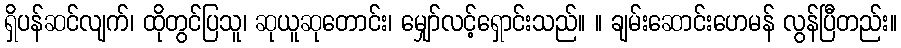
ရှိပန်ဆင်လျက်၊ ထိုတွင်ပြသူ၊ ဆုယူဆုတောင်း၊ မျှော်လင့်ရှောင်းသည်။ ။ ချမ်းဆောင်းဟေမန် လွန်ပြီတည်း။